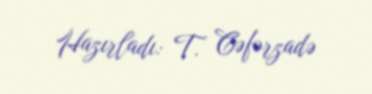
Hazırladı: T. Cəfərzadə